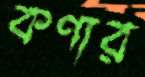
কণার